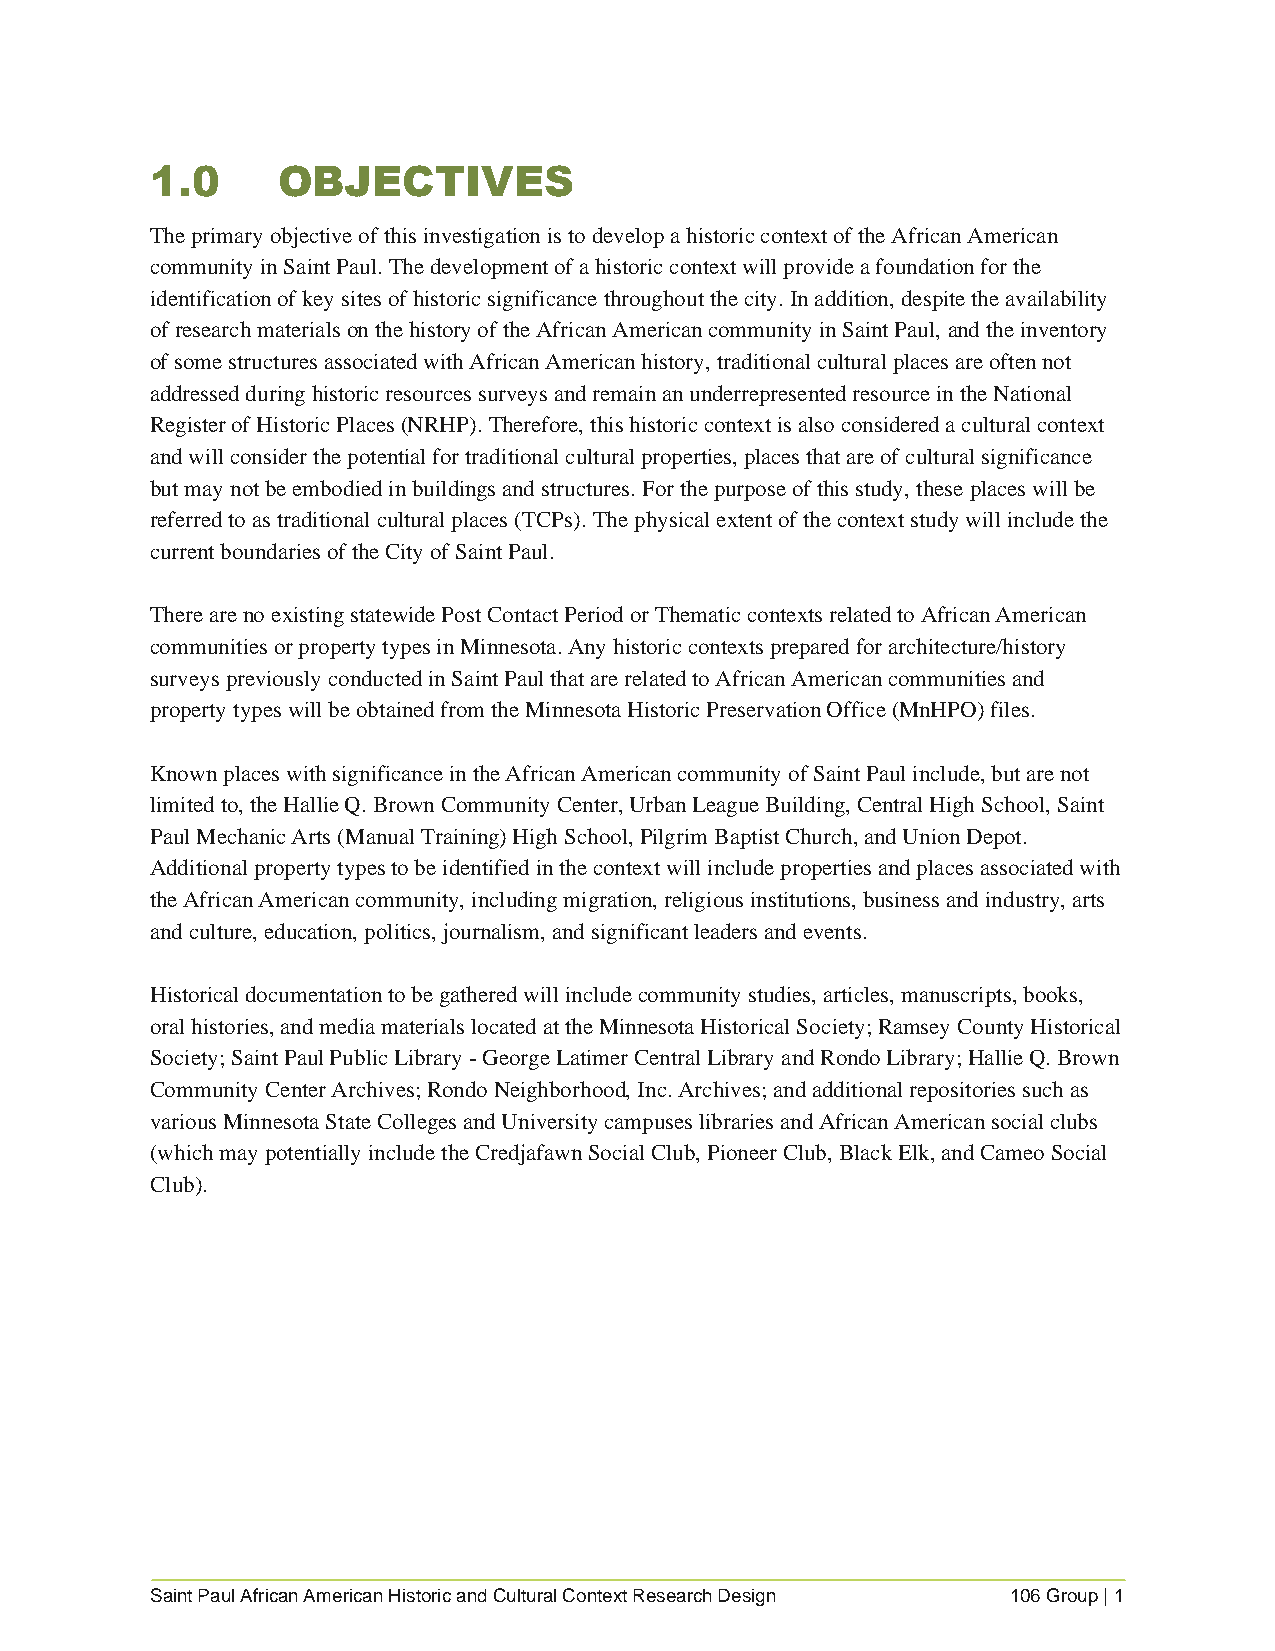
1.0     OBJECTIVES
 The primary objective of this investigation is to develop a historic context of the African American
 community in Saint Paul. The development of a historic context will provide a foundation for the
 identification of key sites of historic significance throughout the city. In addition, despite the availability
 of research materials on the history of the African American community in Saint Paul, and the inventory
 of some structures associated with African American history, traditional cultural places are often not
 addressed during historic resources surveys and remain an underrepresented resource in the National
 Register of Historic Places (NRHP). Therefore, this historic context is also considered a cultural context
 and will consider the potential for traditional cultural properties, places that are of cultural significance
 but may not be embodied in buildings and structures. For the purpose of this study, these places will be
 referred to as traditional cultural places (TCPs). The physical extent of the context study will include the
 current boundaries of the City of Saint Paul.
 There are no existing statewide Post Contact Period or Thematic contexts related to African American
 communities or property types in Minnesota. Any historic contexts prepared for architecture/history
 surveys previously conducted in Saint Paul that are related to African American communities and
 property types will be obtained from the Minnesota Historic Preservation Office (MnHPO) files.
 Known places with significance in the African American community of Saint Paul include, but are not
 limited to, the Hallie Q. Brown Community Center, Urban League Building, Central High School, Saint
 Paul Mechanic Arts (Manual Training) High School, Pilgrim Baptist Church, and Union Depot.
 Additional property types to be identified in the context will include properties and places associated with
 the African American community, including migration, religious institutions, business and industry, arts
 and culture, education, politics, journalism, and significant leaders and events.
 Historical documentation to be gathered will include community studies, articles, manuscripts, books,
 oral histories, and media materials located at the Minnesota Historical Society; Ramsey County Historical
 Society; Saint Paul Public Library - George Latimer Central Library and Rondo Library; Hallie Q. Brown
 Community Center Archives; Rondo Neighborhood, Inc. Archives; and additional repositories such as
 various Minnesota State Colleges and University campuses libraries and African American social clubs
 (which may potentially include the Credjafawn Social Club, Pioneer Club, Black Elk, and Cameo Social
 Club).
 Saint Paul African American Historic and Cultural Context Research Design 106 Group | 1